画像に写った文字を読んでください
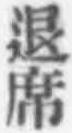
「退席」と書いてあります